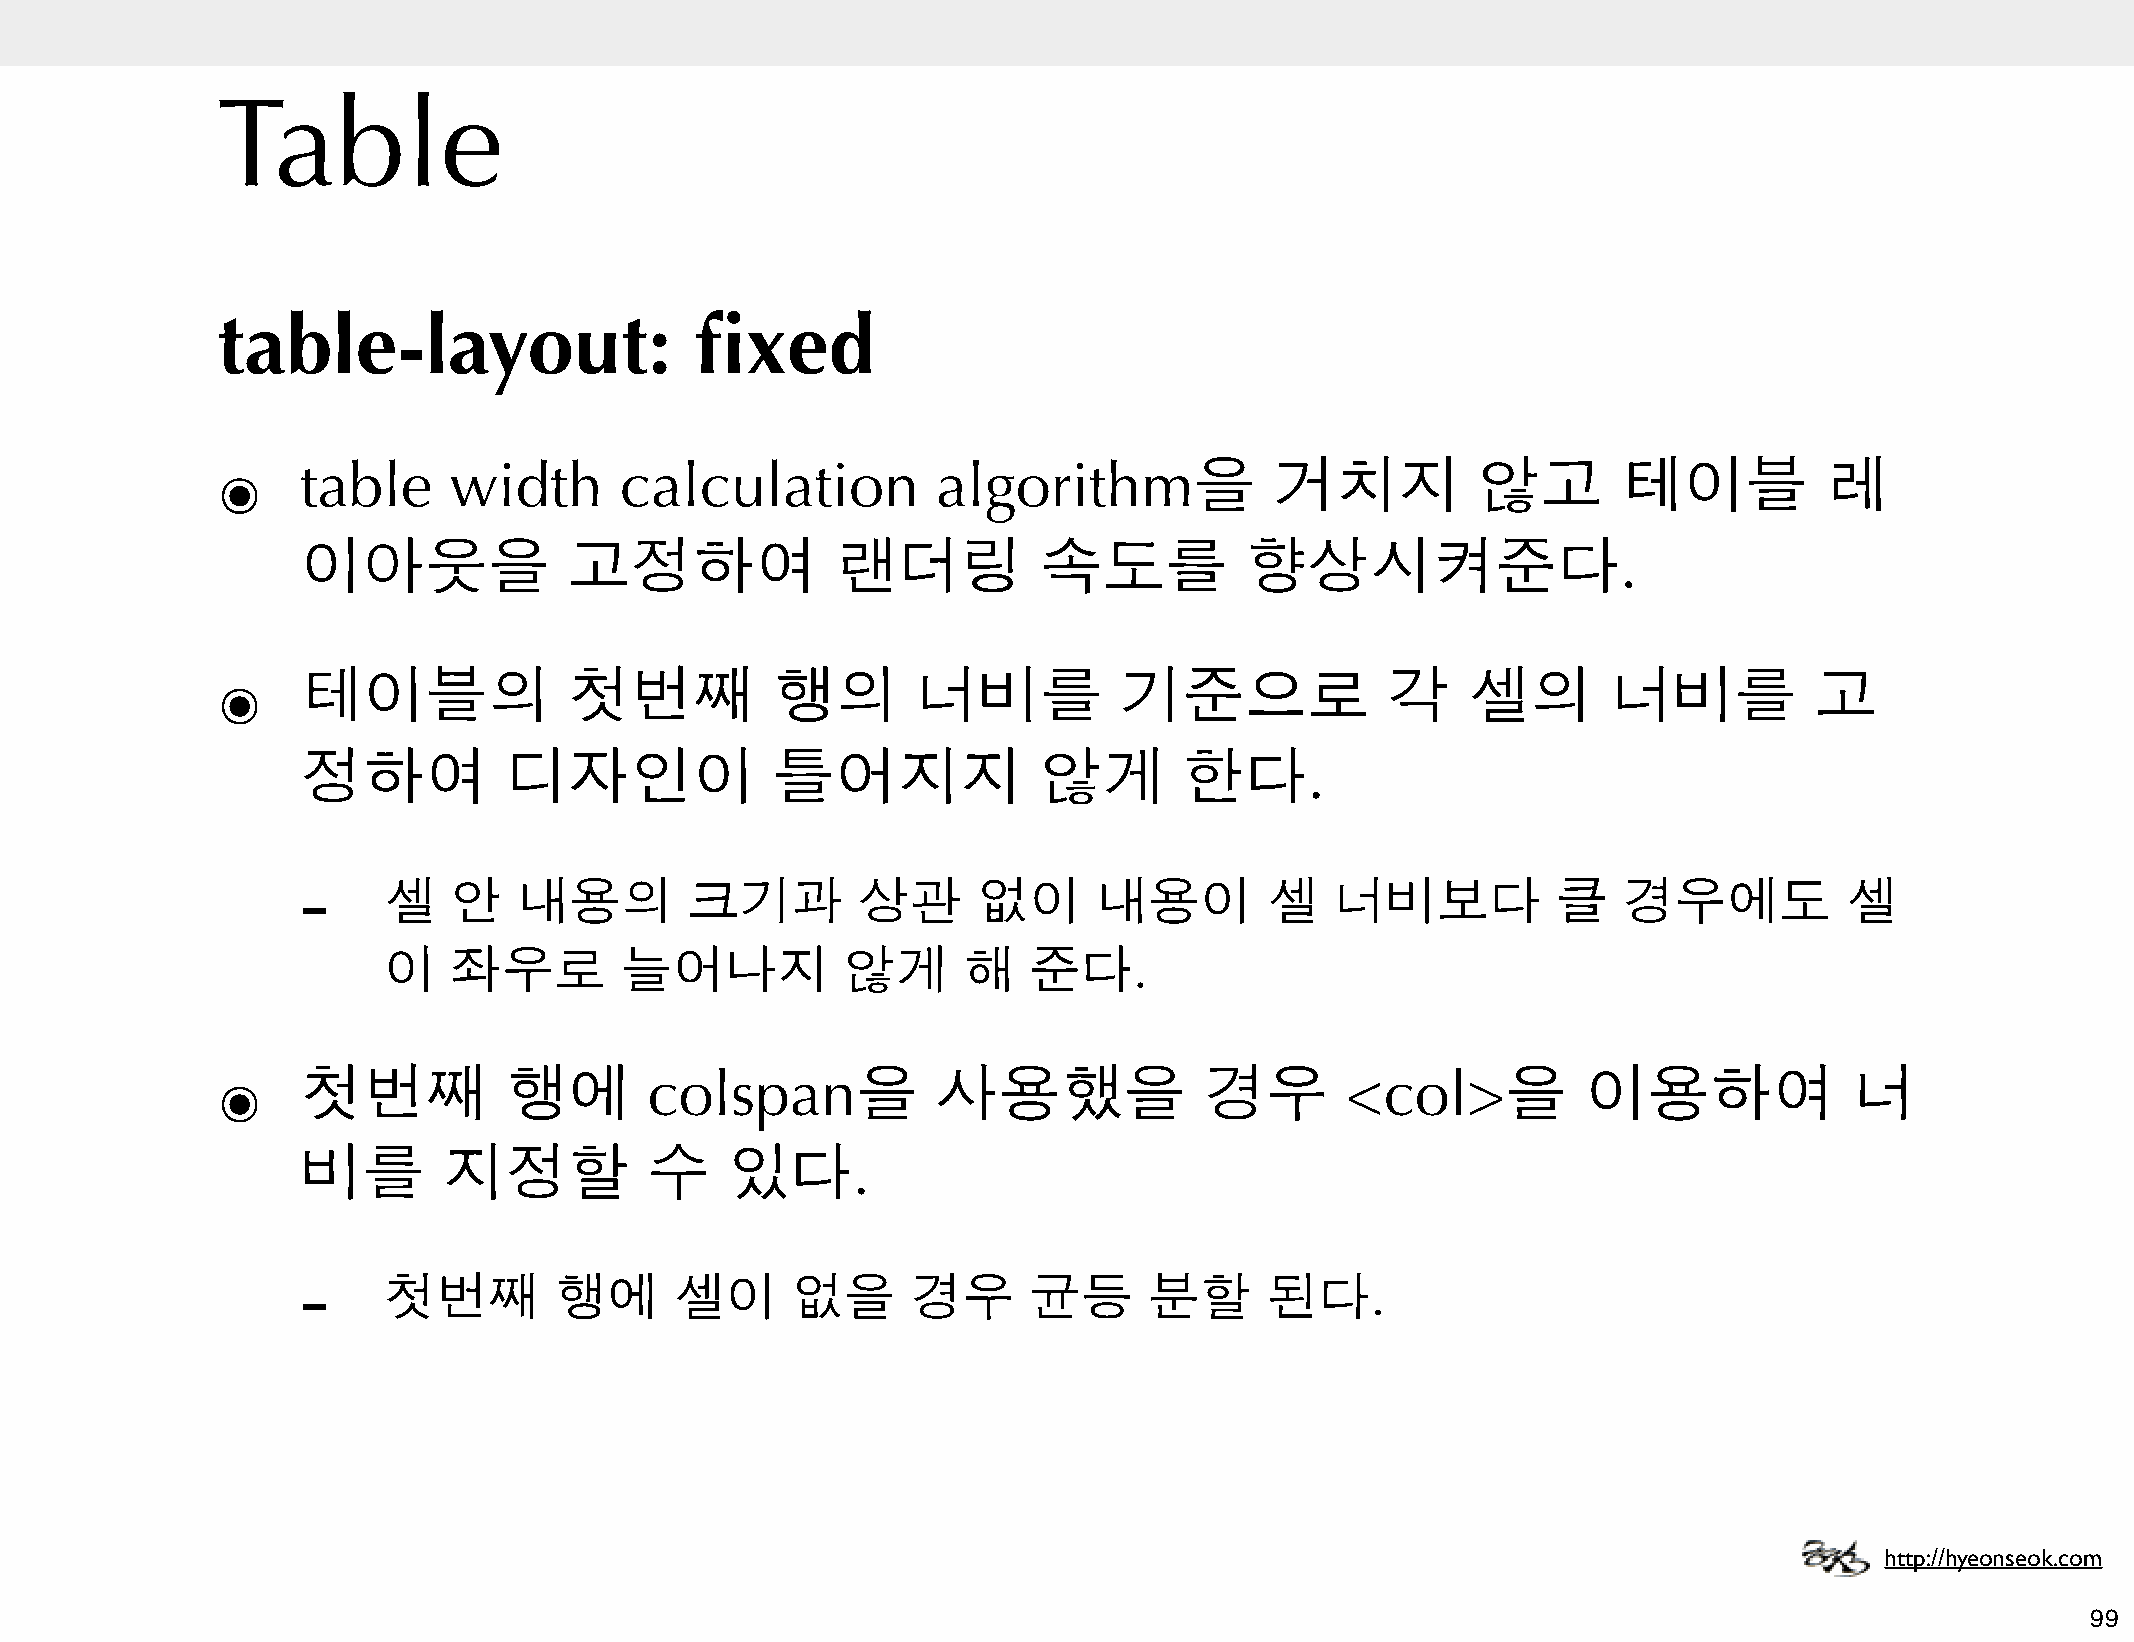
Table
 table-layout:                   fixed
 ๏     table     width      calculation          algorithm을            거치지           않고       테이블           레
 이아웃을              고정하여             랜더링           속도를          향상시켜준다.
 ๏     테이블의              첫번째          행의        너비를          기준으로              각    셀의        너비를          고
 정하여          디자인이              틀어지지              않게       한다.
 -
 셀    안   내용의        크기과         상관      없이      내용이        셀   너비보다           클   경우에도           셀
 이    좌우로        늘어나지           않게      해   준다.
 ๏     첫번째          행에        colspan을           사용했을              경우       <col>을          이용하여              너
 비를       지정할           수    있다.
 -
 첫번째         행에      셀이     없을      경우      균등      분할      된다.
 http://hyeonseok.com
 99